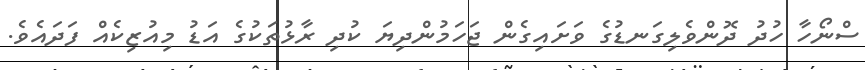
ސްނޯހާ ހުދު ދޮންވެލިގަނޑުގެ ވަށައިގެން ޖަހަމުންދިޔަ ކުދި ރާޅުތަކުގެ އަޑު މިއުޒިކެއް ފަދައެވެ.